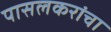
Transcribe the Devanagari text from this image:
पासलकरांचा